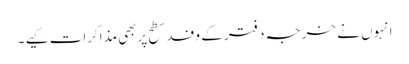
انہوں نے خرجہ دفتر کے وفد سطح پربھی مذاکرات کیے ۔